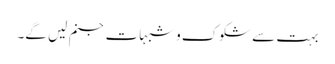
بہت سے شکوک و شبہات جنم لیں گے۔